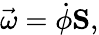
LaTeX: {\vec{\omega}}={\dot{\phi}}\mathbf{S},